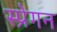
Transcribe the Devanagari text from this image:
स्प्रेगन